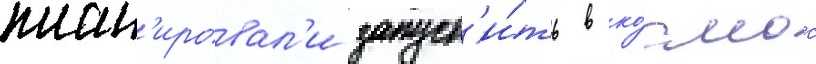
план'ировал'и запуст'и́ть в ко́смос